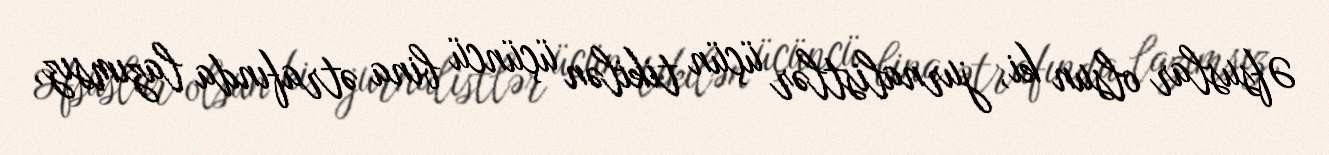
Əfsuslar olsun ki, jurnalistlər üçün tikilən üçüncü bina ətrafında lazımsız,